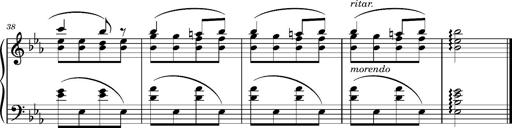
Title: Andantino pour Emile et Charlotte Loudon
Composer: Franz Liszt
Key: E-flat major